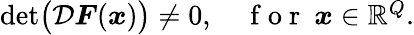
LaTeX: \begin{array}{r}{\operatorname*{det}\bigl(\mathcal{D}\boldsymbol{F}(\boldsymbol{x})\bigr)\neq 0,\quad\mathrm{~f~o~r~}\ \boldsymbol{x}\in\mathbb{R}^{Q}.}\end{array}